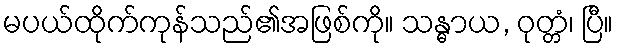
မပယ်ထိုက်ကုန်သည်၏အဖြစ်ကို။ သန္ဓာယ, ဝုတ္တံ၊ ပြီ။